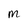
Character: M